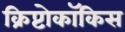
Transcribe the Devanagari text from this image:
क्रिप्टोकॉकिस